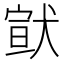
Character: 𤠊